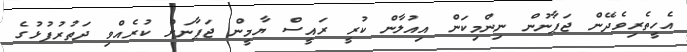
އެހީތެރިވެދޭން ޖަޕާނުން ނިންމިކަން އިއުލާން ކުރީ ރައީސް ޔާމީން ޖަޕާނަށް ކުރެއްވި ދަތުރުފުޅުގެ